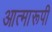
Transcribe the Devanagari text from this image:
आत्मारूपी